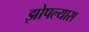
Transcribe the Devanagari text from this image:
झोपल्यास